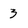
Character: 3